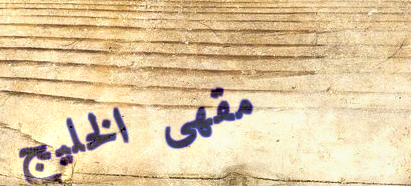
مقهى الخليج